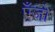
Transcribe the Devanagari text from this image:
एँजो